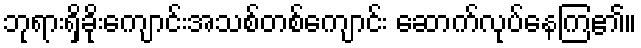
ဘုရားရှိခိုးကျောင်းအသစ်တစ်ကျောင်း ဆောက်လုပ်နေကြ၏။